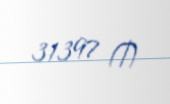
31397 ₼